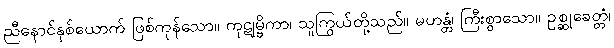
ညီနောင်နှစ်ယောက် ဖြစ်ကုန်သော။ ကုဋုမ္ဗိကာ၊ သူကြွယ်တို့သည်။ မဟန္တံ၊ ကြီးစွာသော။ ဥစ္ဆုခေတ္တံ၊